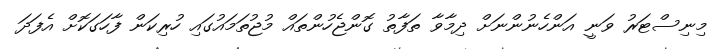
މިނިސްޓަރު ވަނީ އަންހެނުންނަށް ދިމާވާ ތަފާތު ގޮންޖެހުންތައް މުޖުތަމައުގައި ހުރިކަން ފާހަގަކޮށް އެފަދަ